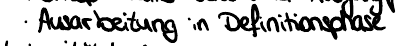
Ausarbeitung in Definitionsphase